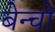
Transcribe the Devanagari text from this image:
बेन्चो